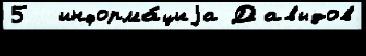
5  информа́циjа Давыдов